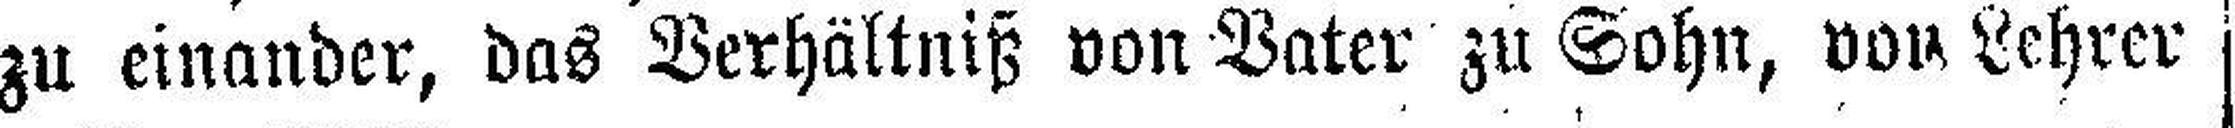
zu einander, das Verhältniß von Vater zu Sohn, von Lehrer